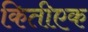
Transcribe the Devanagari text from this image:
कितीएक